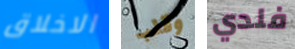
الاخلاق وقلب فلدي